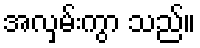
အလှမ်းကွာ သည်။